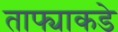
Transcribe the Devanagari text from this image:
ताफ्याकडे